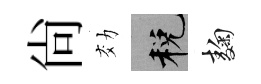
尙効税麹